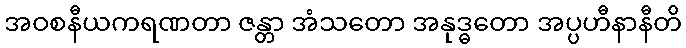
အဝစနီယကရဏတာ ဇန္တာ အံသတော အနုဒ္ဓတော အပ္ပဟီနာနီတိ